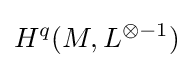
H^{q}(M,L^{\otimes -1})